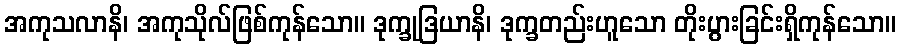
အကုသလာနိ၊ အကုသိုလ်ဖြစ်ကုန်သော။ ဒုက္ခုဒြယာနိ၊ ဒုက္ခတည်းဟူသော တိုးပွားခြင်းရှိကုန်သော။